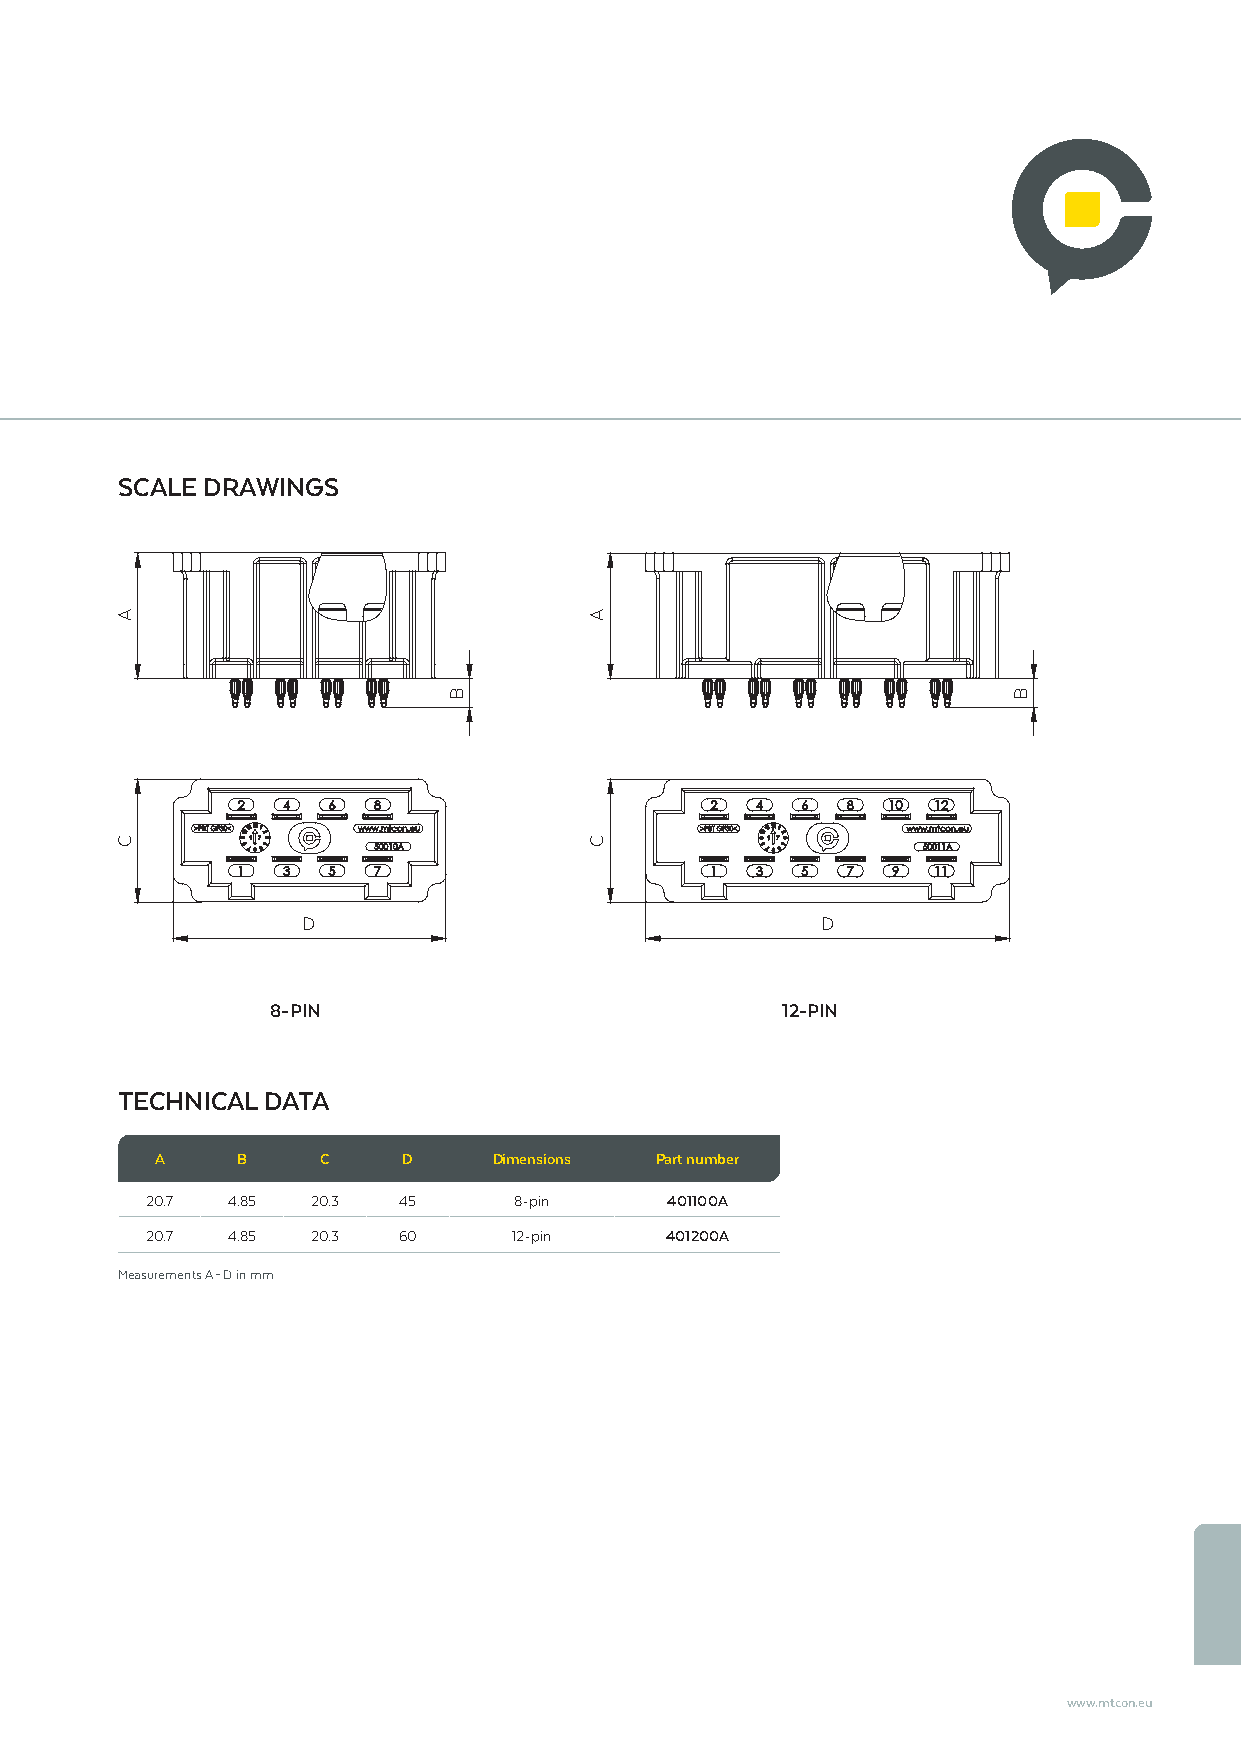
SCALE DRAWINGS
 D                                 D
 8-PIN                             12-PIN
 TECHNICAL DATA
 A     B    C     D     Dimensions Part number
 20.7 4.85  20.3 45      8-pin     401100A
 20.7 4.85  20.3 60      12-pin    401200A
 Measurements A – D in mm
 www.mtcon.eu
 A
 C
 B
 A
 C
 B